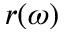
r ( \omega )